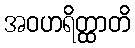
အဝဟရိတ္ထာတိ